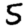
Digit: 5